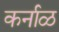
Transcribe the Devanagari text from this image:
कर्नाळ